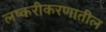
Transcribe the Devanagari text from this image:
लष्करीकरणातील